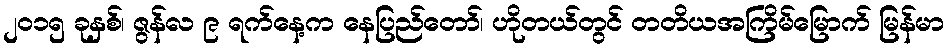
၂၀၁၅ ခုနှစ်၊ ဇွန်လ ၉ ရက်နေ့က နေပြည်တော်၊ ဟိုတယ်တွင် တတိယအကြိမ်မြောက် မြန်မာ